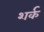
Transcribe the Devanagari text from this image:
शर्क